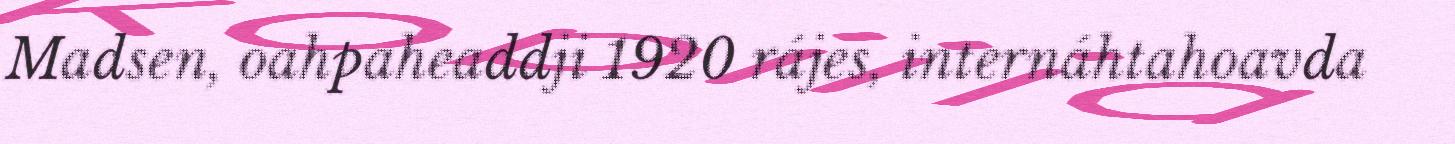
Madsen, oahpaheaddji 1920 rájes, internáhtahoavda